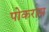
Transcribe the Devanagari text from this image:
पोकरास